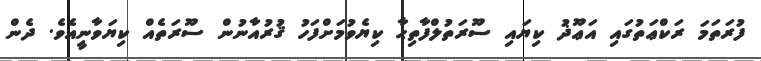
ފުރަތަމަ ރަކްޢަތުގައި އަޢޫޛު ކިޔައި ސޫރަތުލްފާތިޙާ ކިޔެވުމަށްފަހު ޤުރުއާނުން ސޫރަތެއް ކިޔަވާނީއެވެ. ދެން